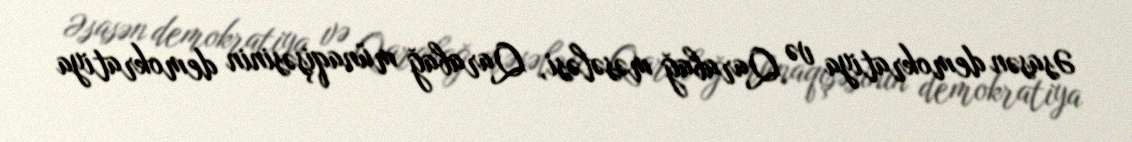
Əsasən demokratiya və Qarabağ məsələsi, Qarabağ münaqişəsinin demokratiya